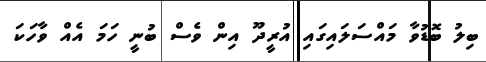
ބިލު ބޮޑުވާ މައްސަލައިގައި އުރީދޫ އިން ވެސް ބުނީ ހަމަ އެއް ވާހަކަ